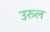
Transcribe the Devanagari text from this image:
उरुल